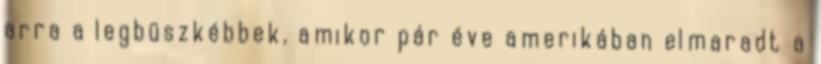
arra a legbüszkébbek, amikor pár éve amerikában elmaradt a